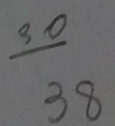
\frac { 3 0 } { 3 8 }